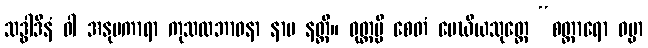
သဒ္ဓါဒီနံ ဝါ အနုပကာရာ ကုသလဘာဝနာ နာမ နတ္ထိ။ ဝုတ္တမ္ပိ စေတံ မေဃိယသုတ္တေ “စတ္တာရော ဓမ္မာ